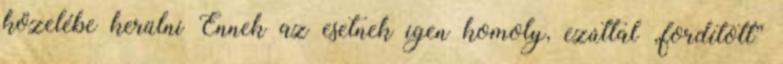
közelébe kerülni Ennek az esetnek igen komoly, ezúttal „fordított”